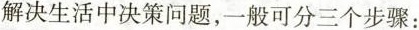
解决生活中决策问题，一般可分三个步骤：